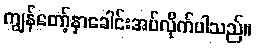
ကျွန်တော့်နှာခေါင်းအပ်လိုက်ပါသည်။